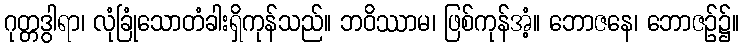
ဂုတ္တဒွါရာ၊ လုံခြုံသောတံခါးရှိကုန်သည်။ ဘဝိဿာမ၊ ဖြစ်ကုန်အံ့။ ဘောဇနေ၊ ဘောဇဉ်၌။